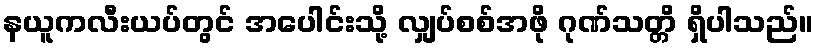
နယူကလီးယပ်တွင် အပေါင်းသို့ လျှပ်စစ်အဖို ဂုဏ်သတ္တိ ရှိပါသည်။